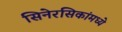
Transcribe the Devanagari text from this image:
सिनेरसिकांमध्ये